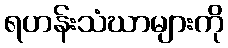
ရဟန်းသံဃာများကို